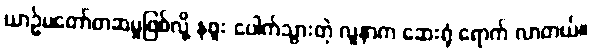
ယာဉ်မတော်တဆမှုဖြစ်လို့ နဖူး ပေါက်သွားတဲ့ လူနာက ဆေးရုံ ရောက် လာတယ်။